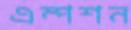
এম্পশন